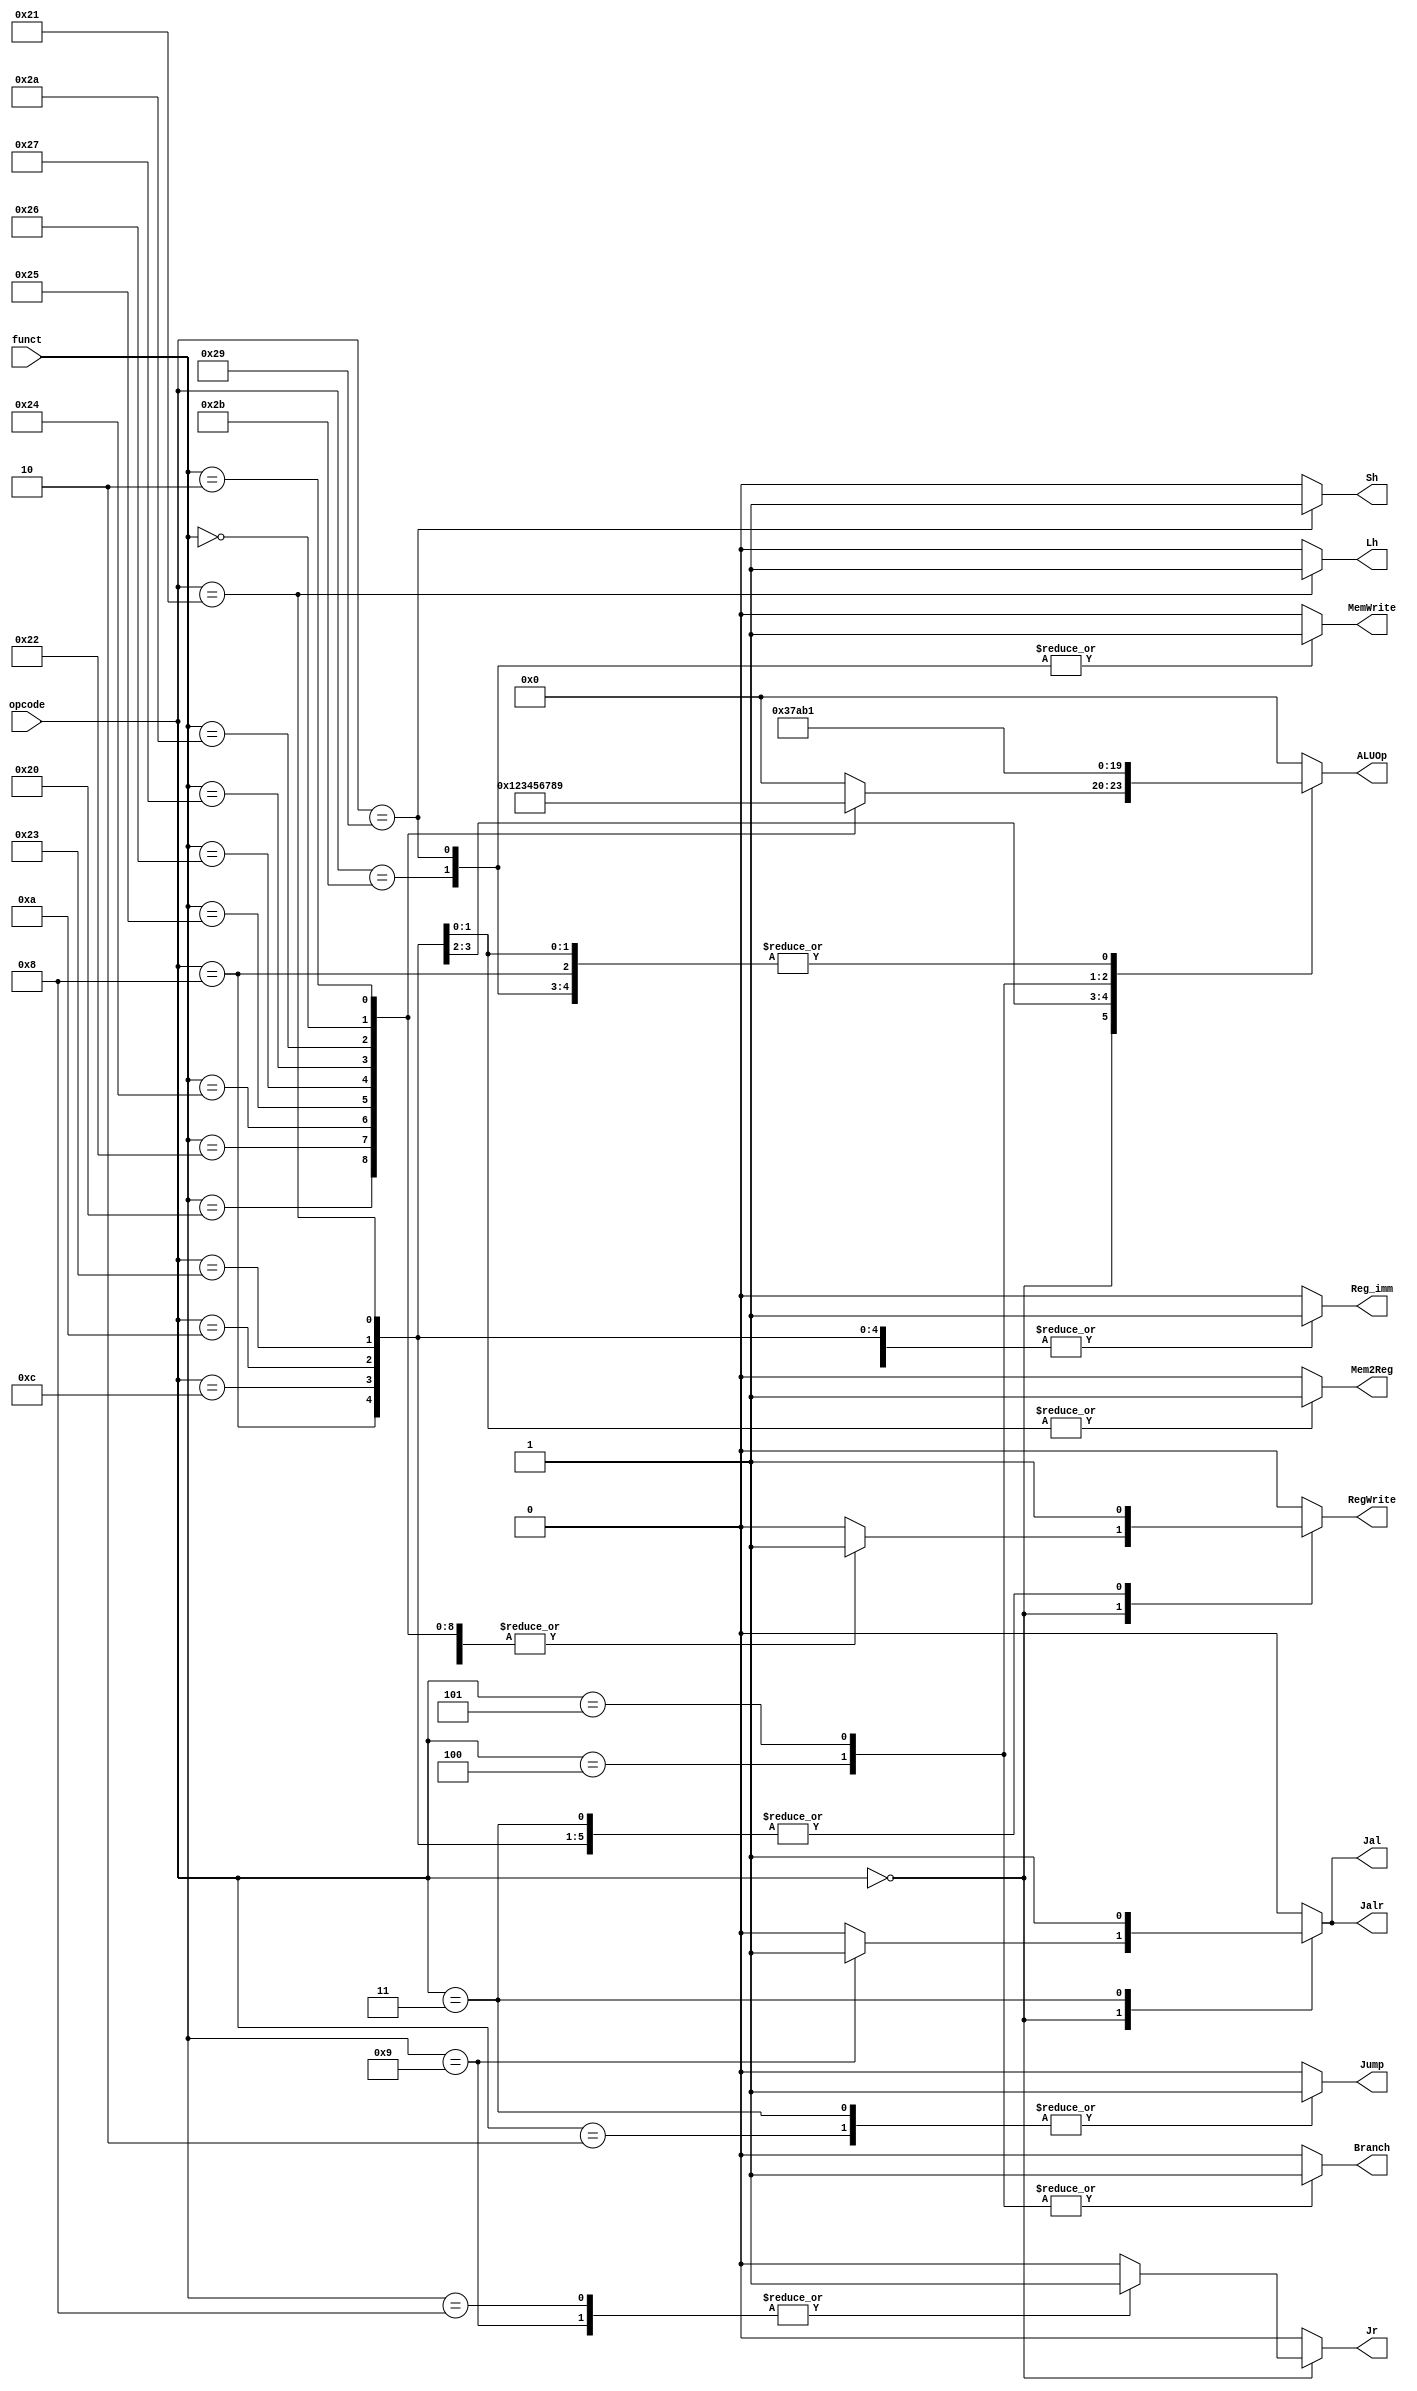
// Controller
// all of the instruction are signed
/* Include R-type add, and, jr, nor, or, slt, sll, srl, sub, xor, jalr
/		   I-type addi, andi, beq, bne, lw, sw, slti, lh, sh
		   J-type j, jal
*/	  

module Controller ( opcode,
					funct,
					// write your code in here
					Reg_imm,
					Jump,
					Branch,
					Jal,
					Jr,
					Jalr,
					Sh,
					Lh,
					Mem2Reg,
					ALUOp,
					RegWrite,
					MemWrite  
					);

	input  [5:0] opcode;
    input  [5:0] funct;
	
	// write your code in here
	// Output & Register
	output Reg_imm;
	output Jump;
	output Branch;
	output Jal;
	output Jr;
	output Jalr;
	output Sh;
	output Lh;
	output Mem2Reg;
	output [3:0] ALUOp;	// 11-kinds
	output RegWrite;
	output MemWrite;
	
	reg Reg_imm;
	reg Jump;
	reg Branch;
	reg Jal;
	reg Jr;
	reg Jalr;
	reg Sh;
	reg Lh;
	reg Mem2Reg;
	reg [3:0] ALUOp;
	reg RegWrite;
	reg MemWrite;
	
	// ALU
	parameter // Math
			  //op_nop = 0,
	          op_add = 1,
	          op_sub = 2,
	          op_and = 3,
	          op_or  = 4,
	          op_xor = 5,
	          op_nor = 6,
	          op_slt = 7,
	          op_sll = 8,
	          op_srl = 9,
	          op_beq = 10,
	          op_bne = 11;
			  
	// controller
	always@ (*) begin
		Reg_imm	= 0;
		Jump = 0;
		Branch = 0;
		Jal = 0;
		Jr = 0;
		Jalr = 0;
		Sh = 0;
		Lh = 0;
		Mem2Reg = 0;
		ALUOp = 0;
		RegWrite = 0;
		MemWrite = 0;		
		case (opcode)
		6'b00_0000 : begin // R-type
			case (funct)
			6'b10_0000 : begin // add(32)
				ALUOp = op_add;
				RegWrite = 1;
			end
			6'b10_0010 : begin // sub(34)
				ALUOp = op_sub;
				RegWrite = 1;
			end
			6'b10_0100 : begin // and(36)
				ALUOp = op_and;
				RegWrite = 1;
			end
			6'b10_0101 : begin // or(37)
				ALUOp = op_or;
				RegWrite = 1;
			end
			6'b10_0110 : begin // xor(38)
				ALUOp = op_xor;
				RegWrite = 1;
			end
			6'b10_0111 : begin // nor(39)
				ALUOp = op_nor;
				RegWrite = 1;
			end
			6'b10_1010 : begin // slt(42)
				ALUOp = op_slt;
				RegWrite = 1;
			end
			6'b00_0000 : begin // sll(0)
				ALUOp = op_sll;
				RegWrite = 1;
			end
			6'b00_0010 : begin // srl(2)
				ALUOp = op_srl;
				RegWrite = 1;
			end
			6'b00_1000 : begin // jr(8)
				Jr = 1;
			end		
			6'b00_1001 : begin // jalr(9)
				Jr = 1;
				Jalr = 1;
				Jal = 1;
				RegWrite = 1;
			end
			endcase 
		end
		// I-type
		6'b00_1000 : begin // addi
			Reg_imm	 = 1;
			ALUOp = op_add;
			RegWrite = 1;
		end
		6'b00_1100 : begin // andi
			Reg_imm	 = 1;
		  	ALUOp = op_and;
		  	RegWrite = 1;
		end
		6'b00_1010 : begin // slti
			Reg_imm	 = 1;
		  	ALUOp = op_slt;
		  	RegWrite = 1;
		end
		6'b00_0100 : begin // beq
			Branch = 1;
			ALUOp = op_beq;
		end
		6'b00_0101 : begin // bne
			Branch = 1;
      		ALUOp = op_bne;
		end
		6'b10_0011 : begin // lw
			Reg_imm	 = 1;
			Mem2Reg = 1;
			ALUOp = op_add;	// add $RegWrite, $s0, 0
		  	RegWrite = 1;
		end
		6'b10_0001 : begin //lh
			Reg_imm = 1;
			Lh = 1;
			Mem2Reg = 1;
			ALUOp = op_add;
			RegWrite = 1;
		end
		6'b10_1011 : begin // sw
			Reg_imm	 = 1;
		  	ALUOp = op_add;	// add $s0, $RegWrite, 0
			MemWrite = 1;
		end
		6'b10_1001 : begin // sh
			Reg_imm = 1;
			Sh = 1;
			ALUOp = op_add;
			MemWrite = 1;
		end
		// J-Type
		6'b00_0010 : begin	// j
          	Jump = 1; 
	    end	
		6'b00_0011 : begin	// jal
			Jump = 1; 
			Jalr = 1;
			Jal = 1;
			RegWrite = 1;		
		end
		endcase
	end
	
endmodule